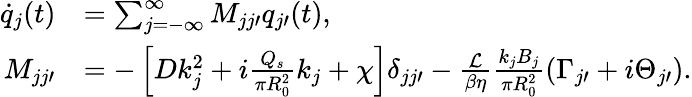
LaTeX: \begin{array}{rl}{\dot{q}_{j}(t)}&{=\sum_{j=-\infty}^{\infty}M_{jj\prime}q_{j\prime}(t),}\\ {M_{jj\prime}}&{=-\left[Dk_{j}^{2}+i\frac{Q_{s}}{\pi R_{0}^{2}}k_{j}+\chi\right]\delta_{jj\prime}-\frac{\mathcal{L}}{\beta\eta}\frac{k_{j}B_{j}}{\pi R_{0}^{2}}(\Gamma_{j\prime}+i\Theta_{j\prime}).}\end{array}